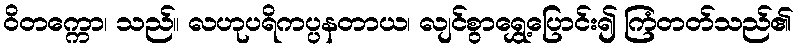
ဝိတက္ကော၊ သည်။ လဟုပရိကပ္ပနတာယ၊ လျင်စွာရွှေ့ပြောင်း၍ ကြံတတ်သည်၏